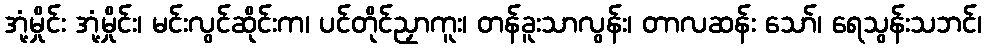
အုံ့မှိုင်း အုံ့မှိုင်း၊ မင်းလွင်ဆိုင်းက၊ ပင်တိုင်ညှာကူး၊ တန်ခူးသာလွန်း၊ တာလဆန်း သော်၊ ရေသွန်းသဘင်၊